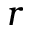
r